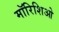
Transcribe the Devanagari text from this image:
मॉरिशिओ